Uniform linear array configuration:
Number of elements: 4
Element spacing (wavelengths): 1
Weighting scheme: hamming
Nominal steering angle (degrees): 0
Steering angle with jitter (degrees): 0.6787
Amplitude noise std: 0.05
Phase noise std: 0.05

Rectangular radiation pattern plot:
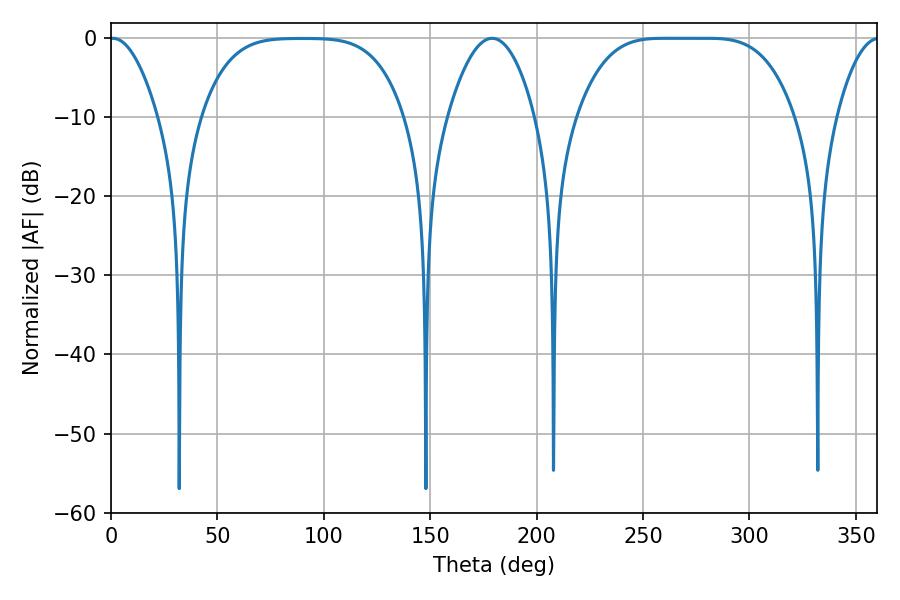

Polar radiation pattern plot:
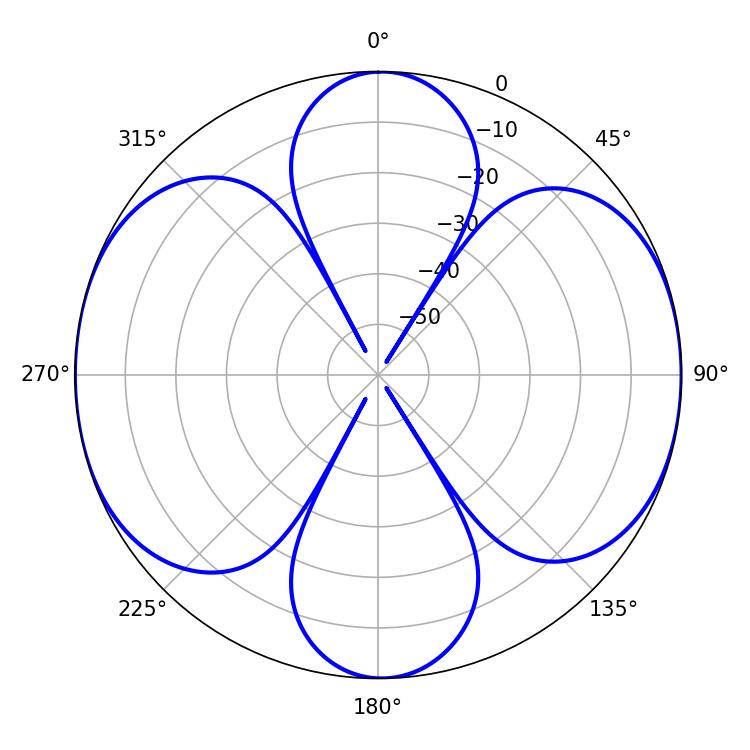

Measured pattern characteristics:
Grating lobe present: TRUE
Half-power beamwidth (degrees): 76.32
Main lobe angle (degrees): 259.74